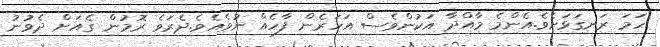
ހަމަ ރަނގަޅަށެވެ.އެންމެ މާއްދާ އަކުންވެސް އަހަރެން ފާހެއް ނުވެއެވެ.ދެރަވެ ރޮމުން ގެއަށް ދެވުނު